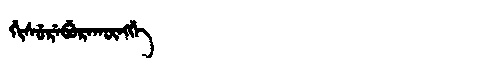
Manchu: ᡤᡳᠰᡠᡵᡝᠪᡠᡵᠠᡴᡡᠩᡤᡝ
Romanization: GISUREBURAKŪNGGE